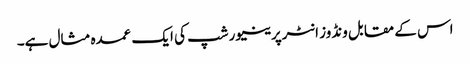
اس کے مقابل ونڈوز انٹرپرینیورشپ کی ایک عمدہ مثال ہے۔